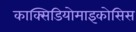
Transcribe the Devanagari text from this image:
काक्सिडियोमाइकोसिस